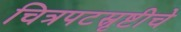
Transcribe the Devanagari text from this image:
चित्रपटस्रृष्टीचे